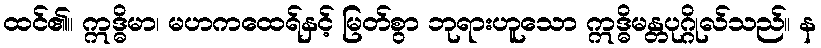
ထင်၏။ ဣဒ္ဓိမာ၊ မဟကထေရ်နှင့် မြတ်စွာ ဘုရားဟူသော ဣဒ္ဓိမန္တပုဂ္ဂိုလ်သည်။ န